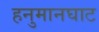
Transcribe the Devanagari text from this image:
हनुमानघाट